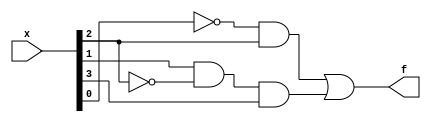
/*Consider the function f shown in the Karnaugh map below.
Implement this function. d is don't-care, which means you may 
choose to output whatever value is convenient.*/
module top_module (
    input [4:1] x, 
    output f );
    assign f=((~x[1])&x[3])|(x[2]&(~x[3])&x[4]);
endmodule